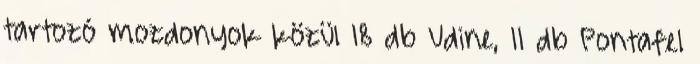
tartozó mozdonyok közül 18 db Udine, 11 db Pontafel